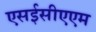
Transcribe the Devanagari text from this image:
एसईसीएएम